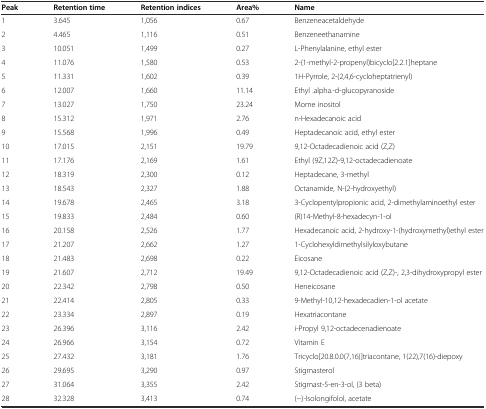
<table><thead><tr><td><b>Peak</b></td><td><b>Retention time</b></td><td><b>Retention indices</b></td><td><b>Area%</b></td><td><b>Name</b></td></tr></thead><tbody><tr><td>1</td><td>3.645</td><td>1,056</td><td>0.67</td><td>Benzeneacetaldehyde</td></tr><tr><td>2</td><td>4.465</td><td>1,116</td><td>0.51</td><td>Benzeneethanamine</td></tr><tr><td>3</td><td>10.051</td><td>1,499</td><td>0.27</td><td>L-Phenylalanine, ethyl ester</td></tr><tr><td>4</td><td>11.076</td><td>1,580</td><td>0.53</td><td>2-(1-methyl-2-propenyl)bicyclo[2.2.1]heptane</td></tr><tr><td>5</td><td>11.331</td><td>1,602</td><td>0.39</td><td>1H-Pyrrole, 2-(2,4,6-cycloheptatrienyl)</td></tr><tr><td>6</td><td>12.007</td><td>1,660</td><td>11.14</td><td>Ethyl .alpha.-d-glucopyranoside</td></tr><tr><td>7</td><td>13.027</td><td>1,750</td><td>23.24</td><td>Mome inositol</td></tr><tr><td>8</td><td>15.312</td><td>1,971</td><td>2.76</td><td>n-Hexadecanoic acid</td></tr><tr><td>9</td><td>15.568</td><td>1,996</td><td>0.49</td><td>Heptadecanoic acid, ethyl ester</td></tr><tr><td>10</td><td>17.015</td><td>2,151</td><td>19.79</td><td>9,12-Octadecadienoic acid (Z,Z)</td></tr><tr><td>11</td><td>17.176</td><td>2,169</td><td>1.61</td><td>Ethyl (9Z,12Z)-9,12-octadecadienoate</td></tr><tr><td>12</td><td>18.319</td><td>2,300</td><td>0.12</td><td>Heptadecane, 3-methyl</td></tr><tr><td>13</td><td>18.543</td><td>2,327</td><td>1.88</td><td>Octanamide, N-(2-hydroxyethyl)</td></tr><tr><td>14</td><td>19.678</td><td>2,465</td><td>3.18</td><td>3-Cyclopentylpropionic acid, 2-dimethylaminoethyl ester</td></tr><tr><td>15</td><td>19.833</td><td>2,484</td><td>0.60</td><td>(R)14-Methyl-8-hexadecyn-1-ol</td></tr><tr><td>16</td><td>20.158</td><td>2,526</td><td>1.77</td><td>Hexadecanoic acid, 2-hydroxy-1-(hydroxymethyl)ethyl ester</td></tr><tr><td>17</td><td>21.207</td><td>2,662</td><td>1.27</td><td>1-Cyclohexyldimethylsilyloxybutane</td></tr><tr><td>18</td><td>21.483</td><td>2,698</td><td>0.22</td><td>Eicosane</td></tr><tr><td>19</td><td>21.607</td><td>2,712</td><td>19.49</td><td>9,12-Octadecadienoic acid (Z,Z)-, 2,3-dihydroxypropyl ester</td></tr><tr><td>20</td><td>22.342</td><td>2,798</td><td>0.50</td><td>Heneicosane</td></tr><tr><td>21</td><td>22.414</td><td>2,805</td><td>0.33</td><td>9-Methyl-10,12-hexadecadien-1-ol acetate</td></tr><tr><td>22</td><td>23.334</td><td>2,897</td><td>0.19</td><td>Hexatriacontane</td></tr><tr><td>23</td><td>26.396</td><td>3,116</td><td>2.42</td><td>i-Propyl 9,12-octadecenadienoate</td></tr><tr><td>24</td><td>26.966</td><td>3,154</td><td>0.72</td><td>Vitamin E</td></tr><tr><td>25</td><td>27.432</td><td>3,181</td><td>1.76</td><td>Tricyclo[20.8.0.0(7,16)]triacontane, 1(22),7(16)-diepoxy</td></tr><tr><td>26</td><td>29.695</td><td>3,290</td><td>0.97</td><td>Stigmasterol</td></tr><tr><td>27</td><td>31.064</td><td>3,355</td><td>2.42</td><td>Stigmast-5-en-3-ol, (3 beta)</td></tr><tr><td>28</td><td>32.328</td><td>3,413</td><td>0.74</td><td>(−)-Isolongifolol, acetate</td></tr></tbody></table>